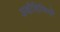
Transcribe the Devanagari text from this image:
अक्षौहिणियों